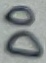
Text: D0